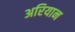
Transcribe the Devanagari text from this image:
अरियान